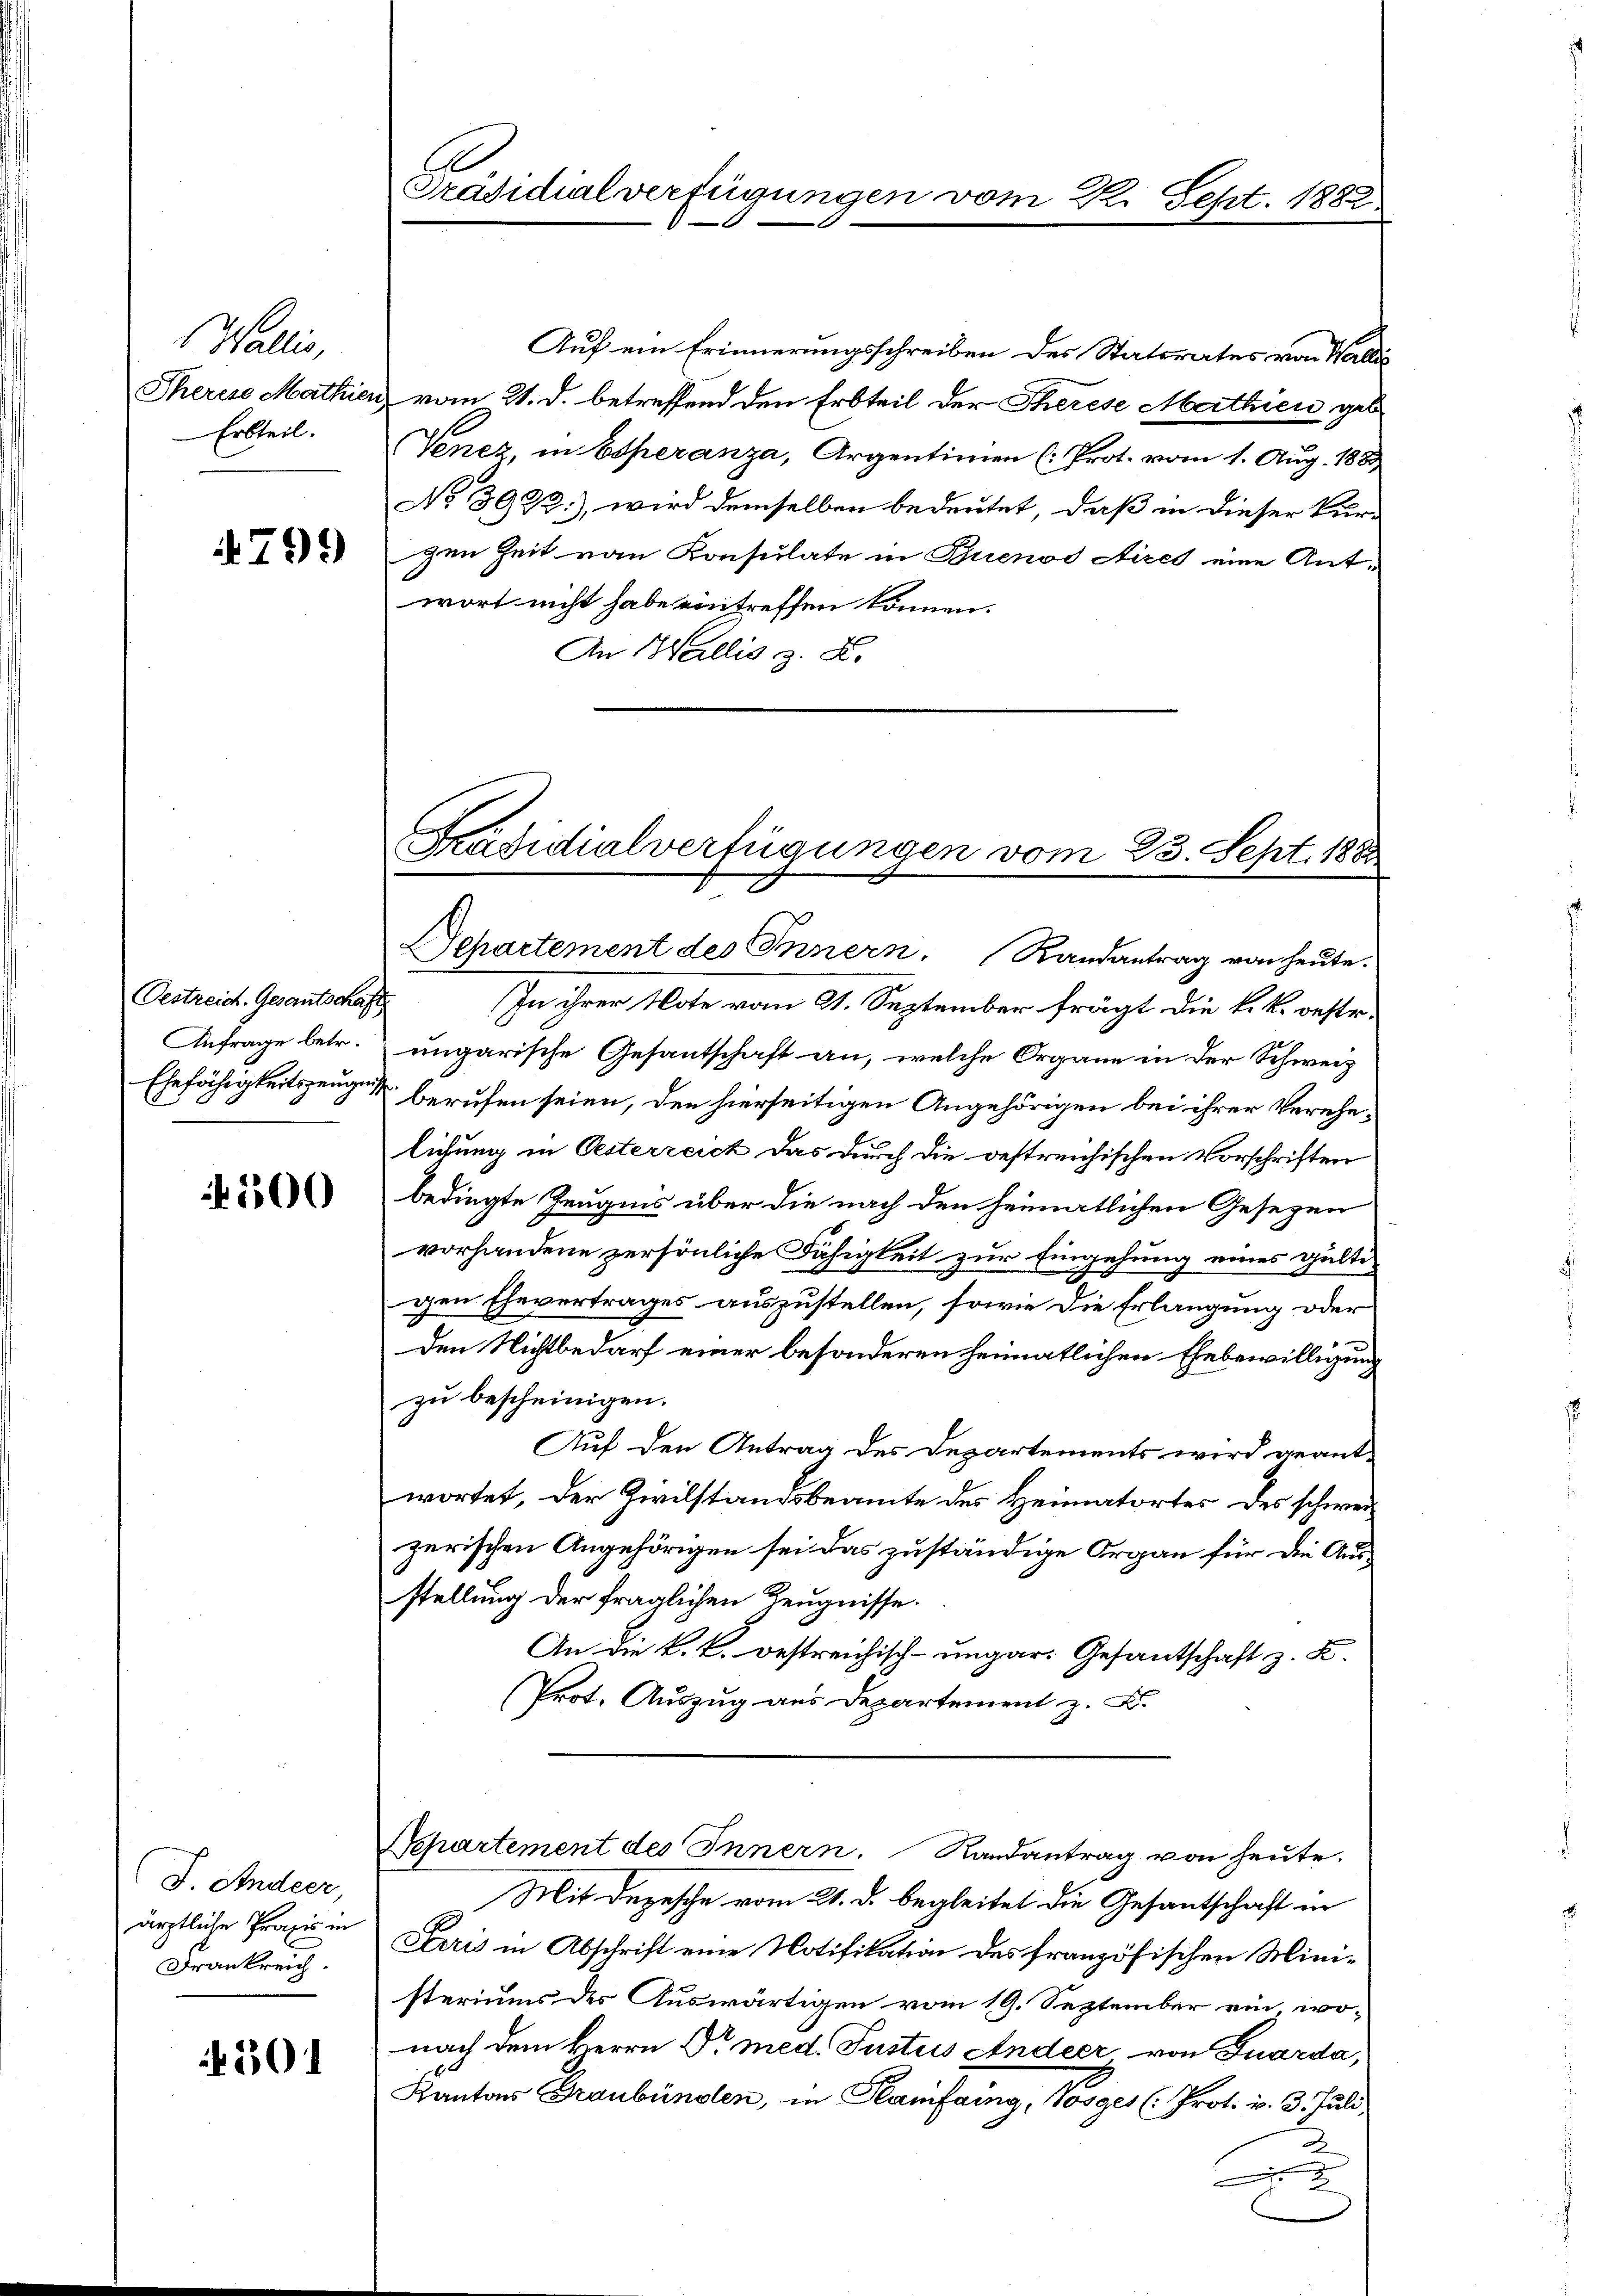
s Wallis,
Erbteil.

4799

Oestreich. Gesantschaf
Anfrage betr.
Ehefähigkeitszeugen

500

J. Andeer,
ärztliche Praxis in
Frankreich.

201

Präsidialverfügungen vom 2. Sept. 1882

Auf ein Erinnerungsschreiben des Stattrates von Walli
Theres Mathien vom 21. d. betreffend den Erbteil der Therese Mathien geb.
Venez, in Esperanza, Argentinien (: Prot. vom 1. Aug. 188
No 3923), wird demselben bedeutet, daß in dieser Kur-
gen Zeit von Konsulate in Buenos Aires eine Antwort nicht habe eintreffen können.
An Wallis z. B.

Präsidialverfügungen vom 23. Sept. 1888

Separtement des Innern. Randantrag von heute.
In ihrer Note vom 21. September frägt die k. k. oestr.
ungarische Gesantschaft an, welche Organe in der Schweiz
berufen seien, den hierseitigen Angehörigen bei ihrer Verehelichung in Oesterreich das durch die gestreichischen Vorschriften
bedingte Zeugnis über die nach den heimatlichen Gesezen
vorhandene persönliche Fähigkeit zur Eingehung eines gültigen Ehevertrages auszustellen, sowie die Erlangung oder
Den Nichtbedarf einer besonderen heimatlichen Ehebewilligung
zu bescheinigen.
Auf den Antrag des Departements wird geant-
wortet, der Zivilstandsbeamte des Heimatortes des schwerzerischen Angehörigen sei das zuständige Organ für die Ausstellung der fraglichen Zeugnisse.
An die k.k. Bestreichisch-ungar. Gesantschaft z. K.
(Prot. Auszug aus Departement z. B.
Separtement des Innern. Randantrag von heute.
Mit Depesche vom 21. d. begleitet die Gesantschaft in
Serris in Abschrift eine Notifikation des französischen Ministeriums des Auswärtigen vom 19. September ein, wo-
nach dem Herrn Dr med. Justus Andeer, von Fuarda,
Kantons Graubünden, in Hanfang, Vosger (Prot. v. 3. Juli,
2
2